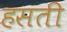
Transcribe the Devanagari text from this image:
हसती